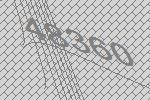
48360